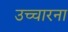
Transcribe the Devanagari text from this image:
उच्चारना